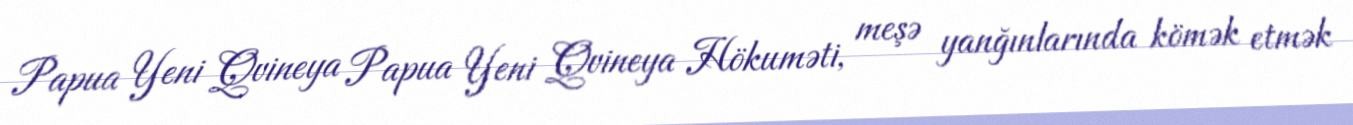
Papua Yeni Qvineya Papua Yeni Qvineya Hökuməti, meşə yanğınlarında kömək etmək